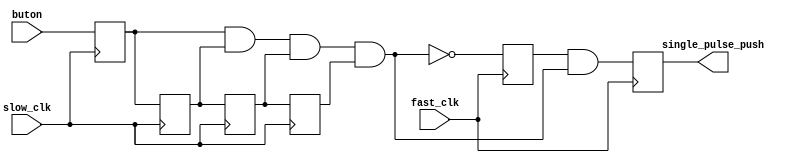
`timescale 1ns / 1ps
//////////////////////////////////////////////////////////////////////////////////
// Company: 
// Engineer: 
// 
// Design Name: 
// Module Name:    anti_bouncing 
// Project Name: 
// Target Devices: 
// Tool versions: 
// Description: 
//
// Dependencies: 
//
// Revision: 
// Revision 0.01 - File Created
// Additional Comments: 
//
//////////////////////////////////////////////////////////////////////////////////
module anti_bouncing(
    input wire slow_clk,
    input wire fast_clk,
    input wire buton,
    output reg single_pulse_push
    );

reg q0, q1, q2, q3, aux;

always @(posedge slow_clk) begin

	q0 <= buton;
	q1 <= q0;
	q2 <= q1;
	q3 <= q2;

end

always @(posedge fast_clk) begin

	aux <= ~(q0 & q1 & q2 & q3);
	single_pulse_push <= aux & (q0 & q1 & q2 & q3);

end

endmodule